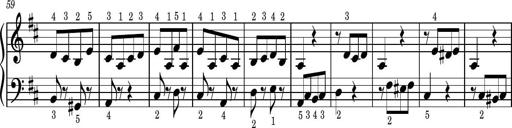
Title: Easy Progressive Lessons and 4 Sonatinas
Composer: Thomas Attwood